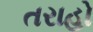
તરાહો